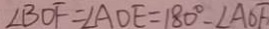
\angle B D F = \angle A D E = 1 8 0 ^ { \circ } - \angle A D F